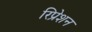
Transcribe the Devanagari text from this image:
रिप्रेशन